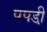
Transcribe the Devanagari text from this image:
पपडी़